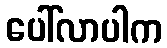
ပေါ်လာပါက